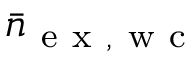
\bar { n } _ { \mathrm { ~ e ~ x ~ , ~ w ~ c ~ } }